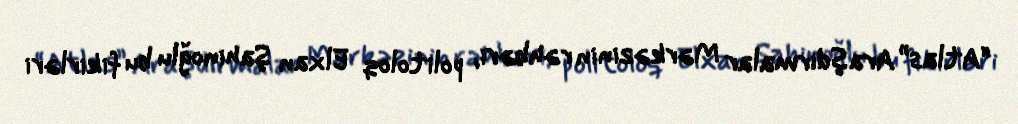
“Atlas” Araşdırmalar Mərkəzinin rəhbəri, politoloq Elxan Şahinoğlu bu fikirləri